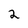
Character: 2